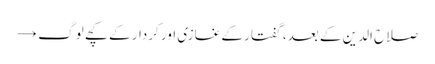
صلاح الدین کے بعد، گفتار کے غازی اور کردار کے کچے لوگ →